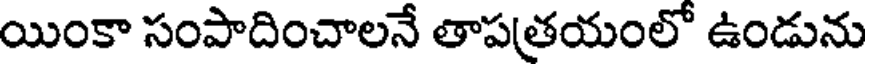
యింకా సంపాదించాలనే తాపత్రయంలో ఉండును